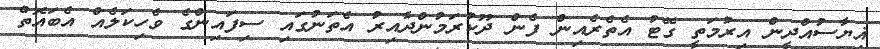
ޣިޔާސުއްދީން އިރުމަތީ ގޭޓު އެތެރެއިން ފެން ދޫކުރަމުންދާއިރު އެތަނުގައި ސިފައިންގެ ވެހިކަލެއް އެބައޮތް